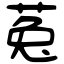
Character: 菟